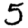
Digit: 5